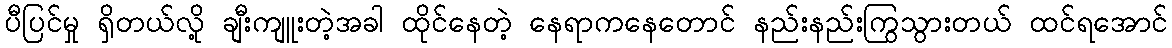
ပီပြင်မှု ရှိတယ်လို့ ချီးကျူးတဲ့အခါ ထိုင်နေတဲ့ နေရာကနေတောင် နည်းနည်းကြွသွားတယ် ထင်ရအောင်